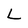
Character: L